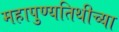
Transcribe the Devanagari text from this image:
महापुण्यतिथीच्या